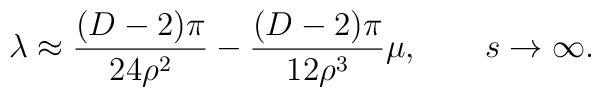
\lambda\approx\frac{(D-2)\pi}{24\rho^2}-\frac{(D-2)\pi}{12\rho^3}\mu, \qquad s \rightarrow \infty.